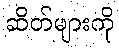
ဆိတ်များကို